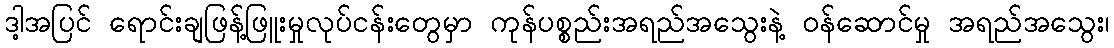
ဒါ့အပြင် ရောင်းချဖြန့်ဖြူးမှုလုပ်ငန်းတွေမှာ ကုန်ပစ္စည်းအရည်အသွေးနဲ့ ဝန်ဆောင်မှု အရည်အသွေး၊